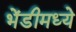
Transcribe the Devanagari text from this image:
भेंडीमध्ये